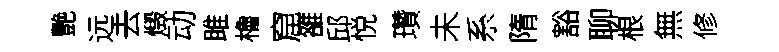
艷远去燬动雎櫓窟雒邱悦瓚未系隋豁聊根無修